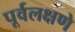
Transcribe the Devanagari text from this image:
पूर्वलक्षणे